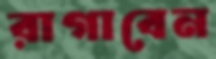
রাগাবেন